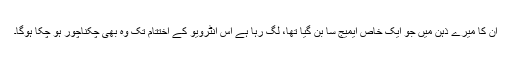
ان کا میرے ذہن میں جو ایک خاص ایمیج سا بن گیا تھا، لگ رہا ہے اس انٹرویو کے اختتام تک وہ بھی چکناچور ہو چکا ہوگا۔